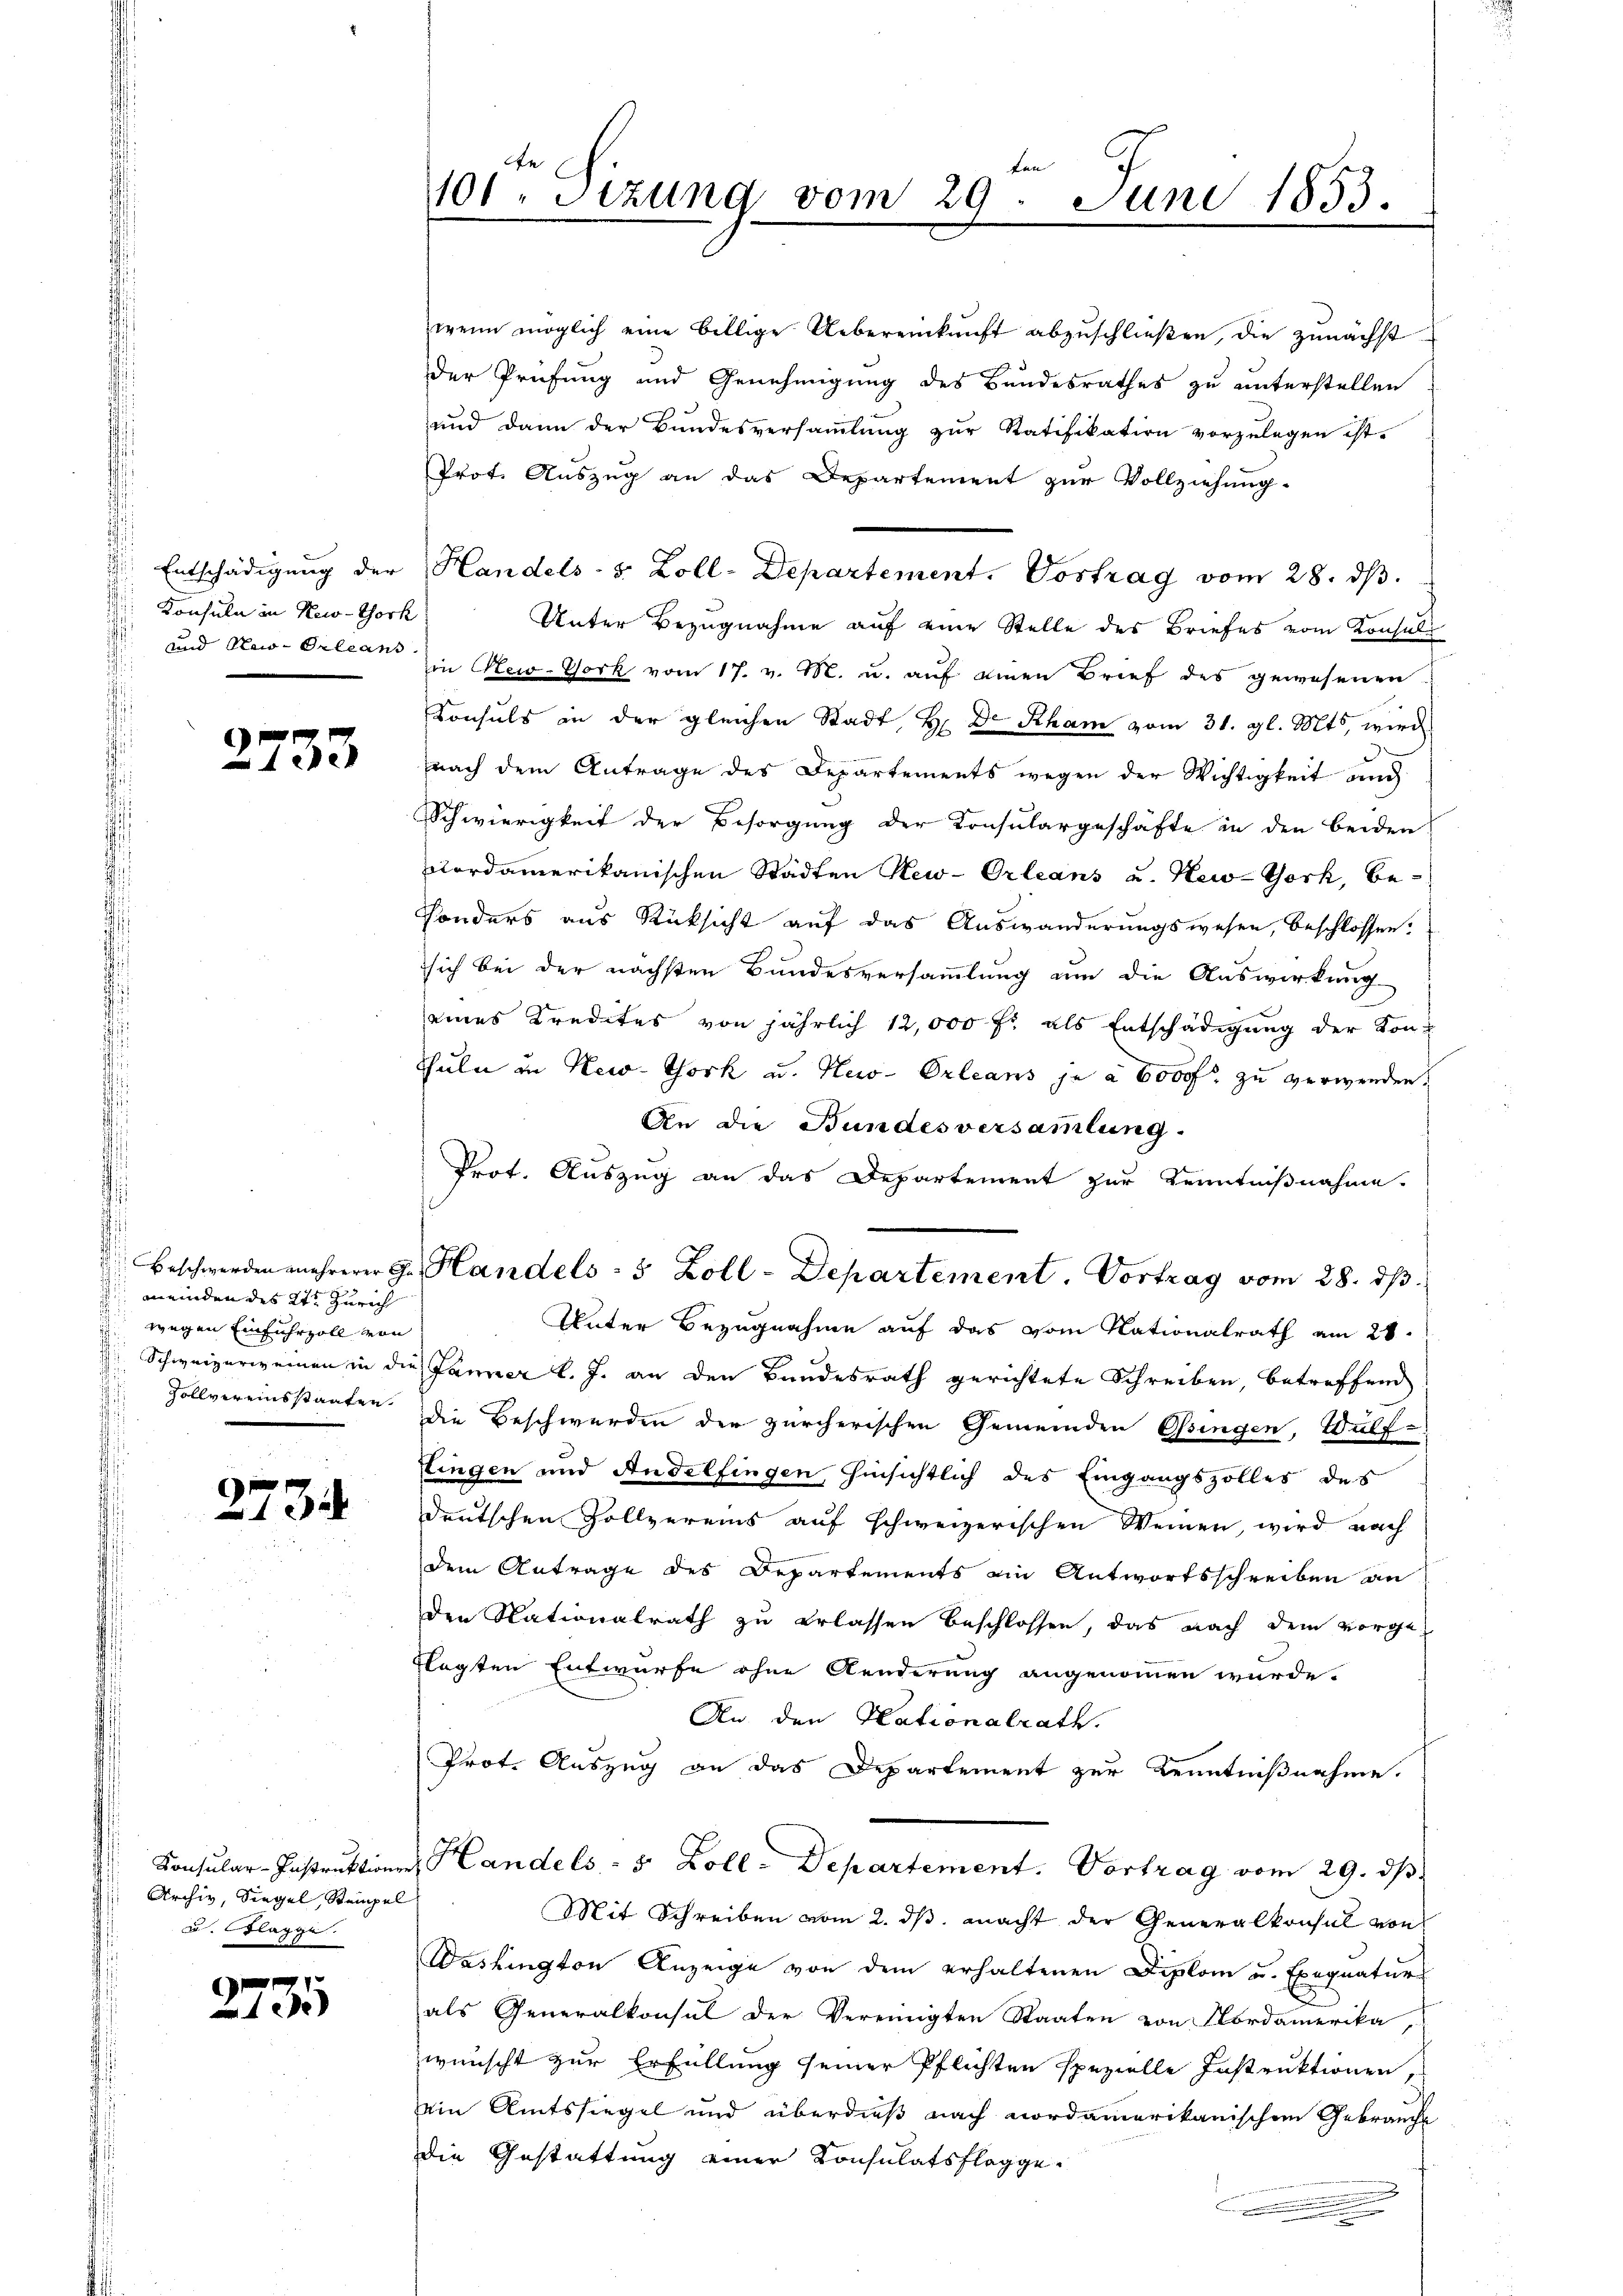
Konsula in New-York

g
e

meinden des 2te Zürich
d
 wegen Einfuhrzoll von

2734

Archiv, Siegel, Stempel
u. Flagge

2735

de
ten |
101. Sitzung vom 29. Juni 1853.

wenn möglich eine billige Uebereinkunft abzuschließen, die zunächst
der Prüfung und Genehmigung des Bundesrathes zu unterstellen
und dann der Bundesversaṁlŭng zur Ratifikation vorzulegen ist.
Prot. Auszug an das Departement zur Vollziehung.
 Entschädigŭng der Handels- & Zoll-Departement. Vortrag vom 28. dβ.
Unter Bezugnahme auf eine Stelle des Briefes vom Konsul
 und New-Orleans in New-York vom 17. v. M. u. auf einen Brief des gewesenen
Consuls in der gleichen Stadt, H. Dr. Rham vom 31. gl. Mts, wird
(nach dem Antrage des Departements wegen der Wichtigkeit und
Schwierigkeit der Besorgung der Konsulargeschäfte in den beiden
cordamerikanischen Städten New-Orleans u. New-York, be-
Sonders aus Rücksicht auf das Auswanderungswesen, beschlossen:
sich bei der nächsten Bundesversammlung um die Auswirkung
eines Kredites von jährlich 12,000 fl als Entschädigung der Kon¬
Thuln in New-York u. Hus-Orleans je à 6000. zu verwenden.
An die Bundesversammlung.
Prot. Auszug an das Departement zur Kenntnißnahme.
Beschwerden mehrerer G. Handels- 5 Zoll-Departement. Vortrag vom 28. ds.
Unter Bezugnahme auf das vom Nationalrath am 28.
Schweizerweinen in die Jänner l. J. an den Bundesrath gerichtete Schreiben, betreffend
Zollvereinsstaaten die Beschwerden der zürcherischen Gemeinden Ossingen, Wülftingen und Andelfingen hinsichtlich des Eingangszolles des
deutschen Zollvereins auf schweizerischen Weinen, wird nach
dem Antrage des Departements ein Antwortsschreiben an
den Nationalrath zu erlassen beschlossen, das nach dem vorge-
flagten Entwurfe ohne Aenderung angenommen würde.
An den Nationalrath.
Prot. Auszug an das Departement zur Kenntnißnahme.
Konsular-Instruktionen Handels - 5 Zoll-Departement. Vortrag vom 29. ds.
Mit Schreiben vom 2. ds. macht der Generalkonsul von
Washington Anzeige von dem erhaltenen Diplom u. Exequatur
als Generalkonsul der Vereinigten Staaten von Nordamerika,
wünscht zur Erfüllung seiner Pflichten spezielle Instruktionen,
ein Amtssiegel und überdieß nach nordamerikanischen Gebrauche
ie Gestattung einer Konsulatsflagge¬
.